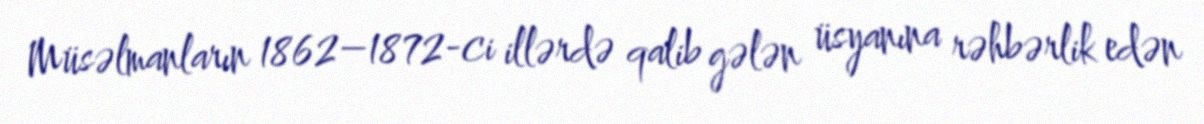
Müsəlmanların 1862–1872-ci illərdə qalib gələn üsyanına rəhbərlik edən